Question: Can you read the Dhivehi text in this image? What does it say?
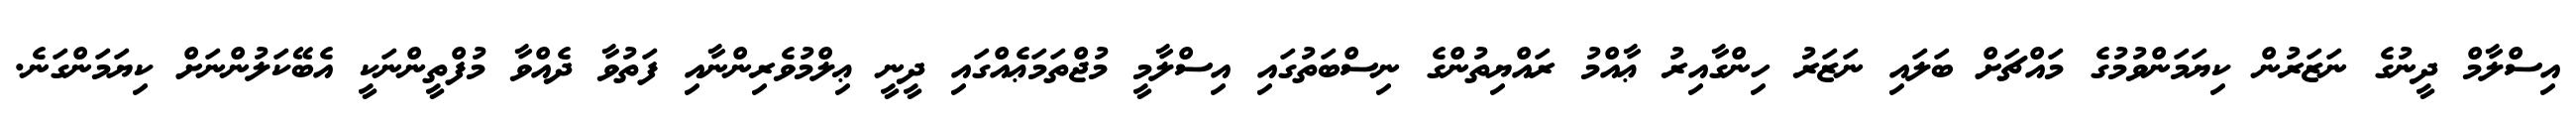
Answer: އިސްލާމް ދީނުގެ ނަޒަރުން ކިޔަމަންވުމުގެ މައްޗަށް ބަލައި ނަޒަރު ހިންގާއިރު ޢާއްމު ރައްޔިތުންގެ ނިސްބަތުގައި އިސްލާމީ މުޖްތަމަޢެއްގައި ދީނީ ޢިލްމުވެރިންނާއި ފަތުވާ ދެއްވާ މުފްތީންނަކީ އެބޭކަލުންނަށް ކިޔަމަންގަނެ.